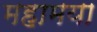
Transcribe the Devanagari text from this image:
महामया